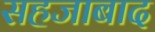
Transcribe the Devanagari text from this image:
सहजाबाद